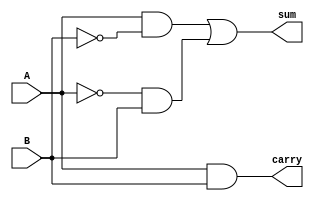
 `timescale 1ns/1ns

module HalfAdder(A,B,sum,carry); //Adds two 1-bit inputs
	input A,B;
	output sum, carry;

	not (Abar,A);
	not (Bbar,B);
	and (AbarB,Abar,B);
    and (ABbar, A, Bbar); 
	or (sum, ABbar, AbarB);
	and (carry,A,B);

endmodule

module FullAdder(A,B,ci,sum,co); //Uses Half Adders to add A,B and ci
	input A,B,ci;
	output sum, co;
	wire X,Y,Z;

	HalfAdder h1 (.A(A), .B(B), .sum(X), .carry(Y));
	HalfAdder h2 (.A(X), .B(ci), .sum(sum), .carry(Z));
	or (co, Y, Z);

endmodule